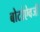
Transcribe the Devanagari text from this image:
बोटांऐवजी